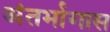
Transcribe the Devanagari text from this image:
अंतर्भागास